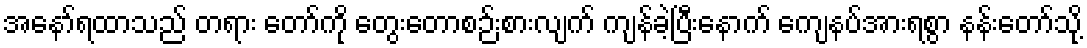
အနော်ရထာသည် တရား တော်ကို တွေးတောစဉ်းစားလျက် ကျန်ခဲ့ပြီးနောက် ကျေနပ်အားရစွာ နန်းတော်သို့